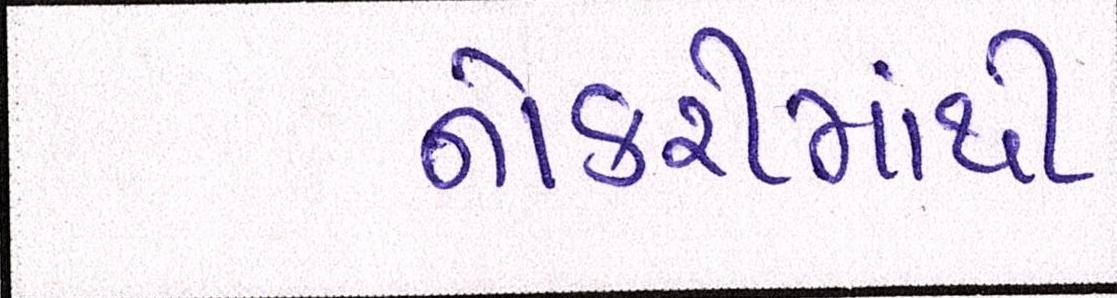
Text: નોકરીમાંથી